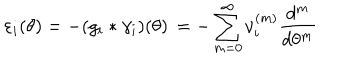
LaTeX: \varepsilon _ { i } ( \theta ) = - ( g _ { i } * \gamma _ { i } ) ( \theta ) \, = - \sum _ { m = 0 } ^ { \infty } \nu _ { i } ^ { ( m ) } \frac { d ^ { m } } { d \theta ^ { m } }